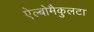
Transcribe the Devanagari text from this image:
ऐल्बोमैकुलटा